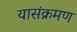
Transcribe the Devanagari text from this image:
यासंक्रमण